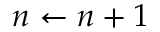
n \gets n + 1